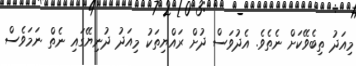
މިއަދު ތިބެވޭކަށް ނެތެވެ. އެދުވަސް ދުށް ރައްޔިތަކު މިއަދު ދުނިޔޭގައި ނެތް ނަމަވެސް